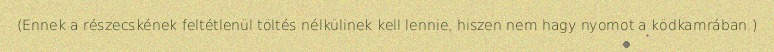
(Ennek a részecskének feltétlenül töltés nélkülinek kell lennie, hiszen nem hagy nyomot a ködkamrában.)